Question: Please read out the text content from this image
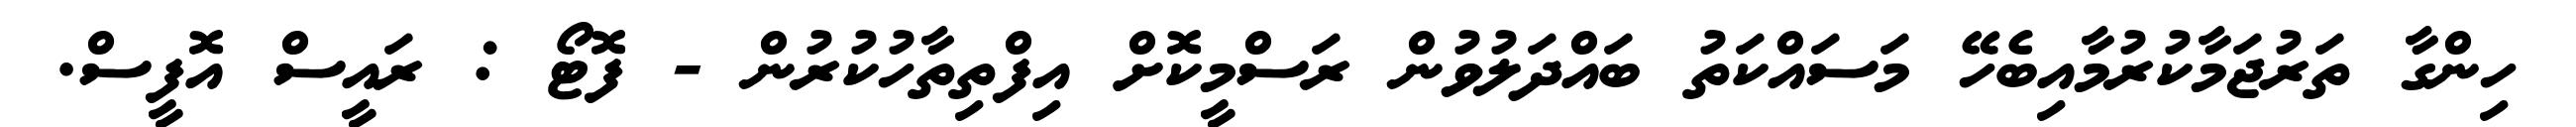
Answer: ހިންގާ ތަރުޖަމާކުރުމާއިބެހޭ މަސައްކަތު ބައްދަލުވުން ރަސްމީކޮށް އިފްތިތާހުކުރުން - ފޮޓޯ : ރައީސް އޮފީސް.